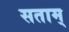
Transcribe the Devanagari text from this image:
सताम्